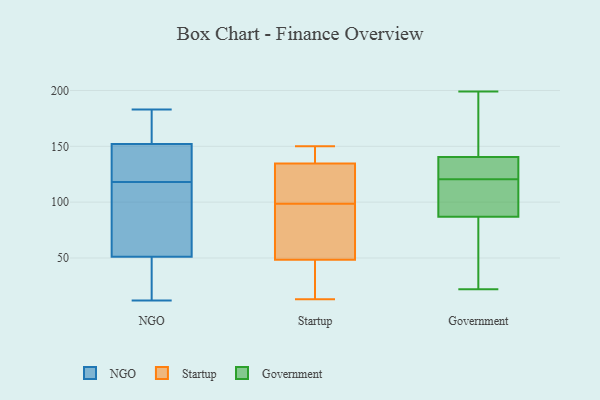
{"axis": {"x": "Active Users", "y": "Value"}, "legend": ["Government", "NGO", "Startup"], "data": [{"x": "", "y": 176, "type": "NGO"}, {"x": "", "y": 148, "type": "NGO"}, {"x": "", "y": 157, "type": "NGO"}, {"x": "", "y": 144, "type": "NGO"}, {"x": "", "y": 42, "type": "NGO"}, {"x": "", "y": 100, "type": "NGO"}, {"x": "", "y": 12, "type": "NGO"}, {"x": "", "y": 40, "type": "NGO"}, {"x": "", "y": 80, "type": "NGO"}, {"x": "", "y": 123, "type": "NGO"}, {"x": "", "y": 109, "type": "NGO"}, {"x": "", "y": 152, "type": "NGO"}, {"x": "", "y": 113, "type": "NGO"}, {"x": "", "y": 183, "type": "NGO"}, {"x": "", "y": 152, "type": "NGO"}, {"x": "", "y": 134, "type": "NGO"}, {"x": "", "y": 26, "type": "NGO"}, {"x": "", "y": 51, "type": "NGO"}, {"x": "", "y": 146, "type": "Startup"}, {"x": "", "y": 127, "type": "Startup"}, {"x": "", "y": 125, "type": "Startup"}, {"x": "", "y": 84, "type": "Startup"}, {"x": "", "y": 68, "type": "Startup"}, {"x": "", "y": 36, "type": "Startup"}, {"x": "", "y": 13, "type": "Startup"}, {"x": "", "y": 27, "type": "Startup"}, {"x": "", "y": 61, "type": "Startup"}, {"x": "", "y": 150, "type": "Startup"}, {"x": "", "y": 113, "type": "Startup"}, {"x": "", "y": 142, "type": "Startup"}, {"x": "", "y": 192, "type": "Government"}, {"x": "", "y": 131, "type": "Government"}, {"x": "", "y": 115, "type": "Government"}, {"x": "", "y": 79, "type": "Government"}, {"x": "", "y": 97, "type": "Government"}, {"x": "", "y": 130, "type": "Government"}, {"x": "", "y": 126, "type": "Government"}, {"x": "", "y": 73, "type": "Government"}, {"x": "", "y": 199, "type": "Government"}, {"x": "", "y": 22, "type": "Government"}, {"x": "", "y": 150, "type": "Government"}, {"x": "", "y": 95, "type": "Government"}]}